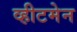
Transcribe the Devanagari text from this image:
व्हीटमेन